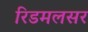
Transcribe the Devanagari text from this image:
रिडमलसर